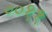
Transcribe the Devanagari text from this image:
००११